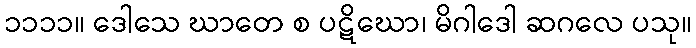
၁၁၁၁။ ဒေါသေ ဃာတေ စ ပဋိဃော၊ မိဂါဒေါ ဆဂလေ ပသု။